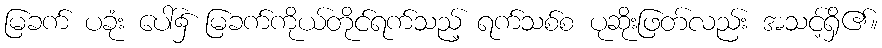
မြခက် ပခုံး ပေါ်၌ မြခက်ကိုယ်တိုင်ရက်သည့် ရက်သစ်စ ပုဆိုးဖြတ်လည်း အသင့်ရှိ၏။